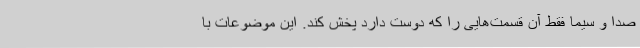
صدا و سیما فقط آن قسمت‌هایی را که دوست دارد پخش کند. این موضوعات با